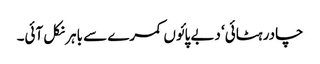
چادر ہٹائی‘ دبے پائوں کمرے سے باہر نکل آئی۔